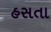
હસતા